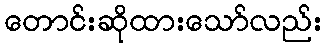
တောင်းဆိုထားသော်လည်း